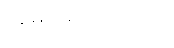
အမျိုးမျိုးကိုလည်း